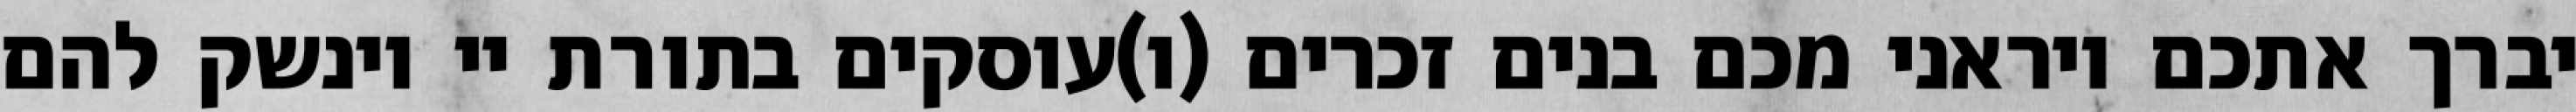
יברך אתכם ויראני מכם בנים זכרים (ו)עוסקים בתורת יי וינשק להם